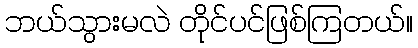
ဘယ်သွားမလဲ တိုင်ပင်ဖြစ်ကြတယ်။